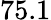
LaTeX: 75.1